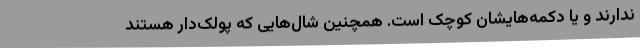
ندارند و یا دکمه‌هایشان کوچک است. همچنین شال‌هایی که پولک‌دار هستند